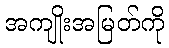
အကျိုးအမြတ်ကို